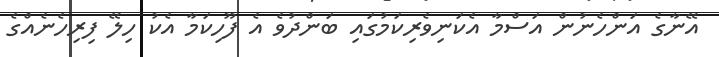
އޭނާގެ އަންހެނުން އަސްމާ އެކަނިވެރިކަމުގައި ބަންދުވެ އެ ފޫހިކަމާ އެކު ހިލޭ ފިރިހެނެއްގެ